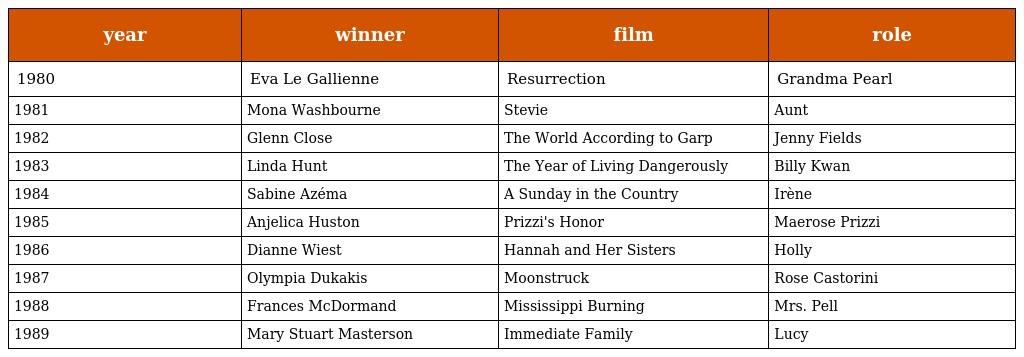
| year | winner | film | role |
 | --- | --- | --- | --- |
 | 1980 | Eva Le Gallienne | Resurrection | Grandma Pearl |
 | 1981 | Mona Washbourne | Stevie | Aunt |
 | 1982 | Glenn Close | The World According to Garp | Jenny Fields |
 | 1983 | Linda Hunt | The Year of Living Dangerously | Billy Kwan |
 | 1984 | Sabine Azéma | A Sunday in the Country | Irène |
 | 1985 | Anjelica Huston | Prizzi's Honor | Maerose Prizzi |
 | 1986 | Dianne Wiest | Hannah and Her Sisters | Holly |
 | 1987 | Olympia Dukakis | Moonstruck | Rose Castorini |
 | 1988 | Frances McDormand | Mississippi Burning | Mrs. Pell |
 | 1989 | Mary Stuart Masterson | Immediate Family | Lucy |